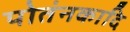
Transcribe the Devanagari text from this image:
पोतंनकादि